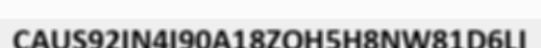
CAUS92IN4I90A18ZOH5H8NW81D6LI